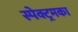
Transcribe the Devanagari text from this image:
स्पेक्ट्रमका